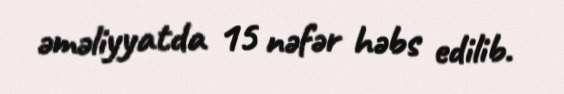
əməliyyatda 15 nəfər həbs edilib.